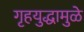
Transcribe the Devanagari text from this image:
गृहयुद्धामुळे